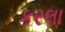
કરલા